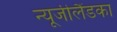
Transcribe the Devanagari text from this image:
न्यूजीलैंडका